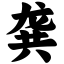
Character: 龚